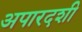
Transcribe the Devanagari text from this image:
अपारदशी